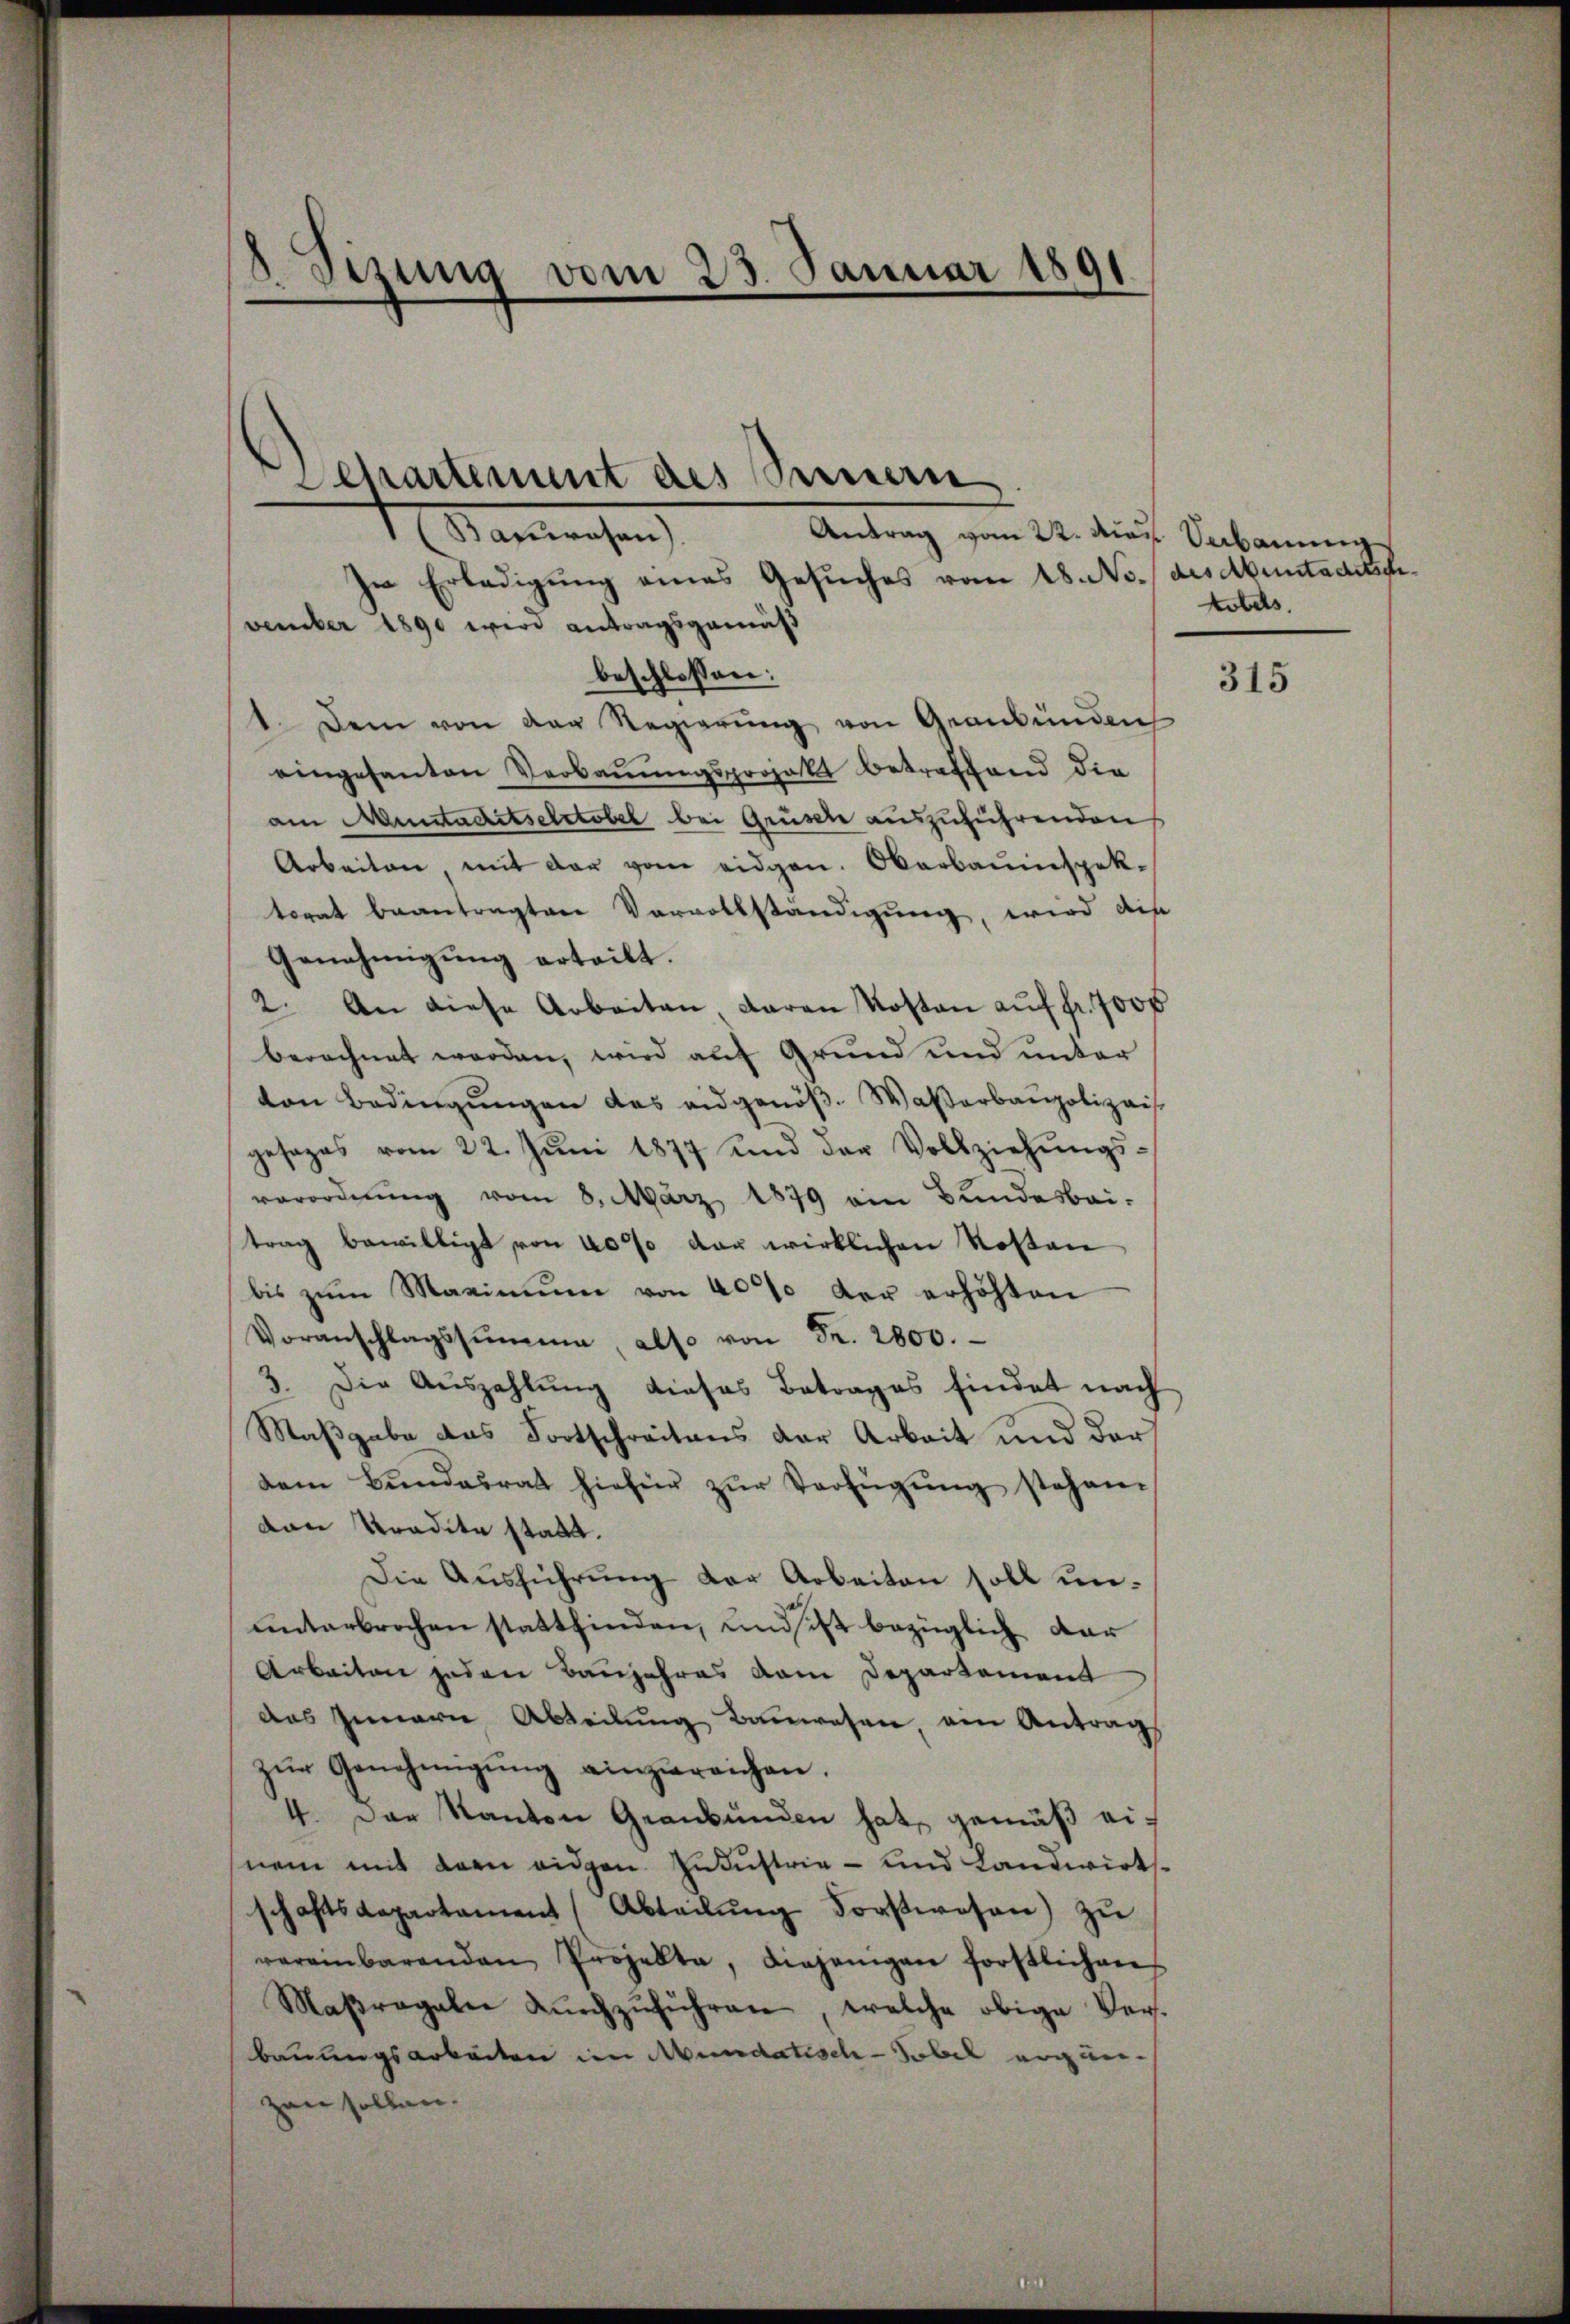
Sizung vom 23. Januar 1891
.

Departement des Sinnern
1 (Bauwesen).
Antrag vom 22. Miau. Verbauung

tobels.

In Erledigung eines Gesuches vom 18. No. des Abentadetsch
vember 1890 wird antragsgemäß
beschlossen:
1. Dem von der Regierŭng von Graubünden
eingesanten Verbauungsprojekt betreffend die
am Muntaditselctobel bei Grüsel auszuführenden
Arbeiten, mit der vom eidgen. Oberbauinspek-
torat beantragten Vervollständigung, wird die
Genehmigung erteilt.
2. An diese Arbeiten daran Kosten auf fr. 7000
berechnet werden, wird auf Grund und unter
ton Bedingungen das eidgenöß- Waßerbaupolizeis
gesages vom 22. Jŭni 1877 und der Vollziehŭngs-
verordnung vom 8. März 1879 ein Bundesbei-
trag bewilligt von 40% der wirklichen Kosten
bis zŭm Maximŭm von 40% der erhöhten
Voranschlagssumme, also von Fr. 2800.
3. Die Auszahlung dieses Betrages findet nach
Maßgabe das Fortschreitens der Arbeit und der
dem Bŭndesrat hiefür zŭr Verfügŭng stehen.
van Tradita statt.
Die Aŭsführŭng der Arbeiten soll ununterbrochen stattfinden, und ist bezüglich dar
Arbeiten jeden Baujahres vom Departement
das Innern Abteilung Bauwesen, ein Antrag
zŭr Genehmigŭng einzureichen.
4. Der Kanton Graubünden hat, gemäß einem mit dem eidgen. Industrie - und Landwirtsschaftsdepartament (Abteilŭng Forstwesen) zŭ
vereinbarenden Projekte, diejenigen forstlichen
Maβragale dŭrchzŭführen, welche obige Ver-
bauungsarbeiten im Mundatisch-Tobel ergänzen sollen.

315